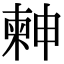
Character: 𣍃